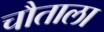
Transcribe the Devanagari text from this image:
चौताला